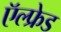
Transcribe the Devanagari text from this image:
ऍल्फ्रेड